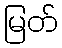
မြတ်